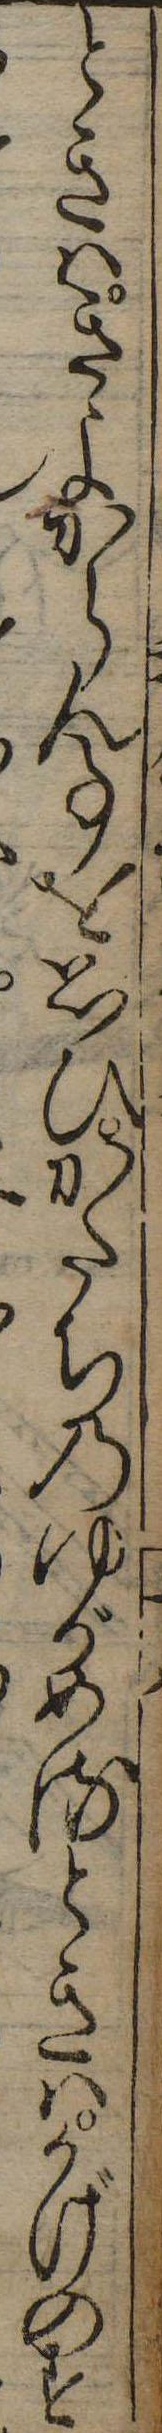
ときはきよからん事を思ひかたちのゆがめるときはかげのす